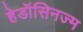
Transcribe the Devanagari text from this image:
हेडॉसिनज्म